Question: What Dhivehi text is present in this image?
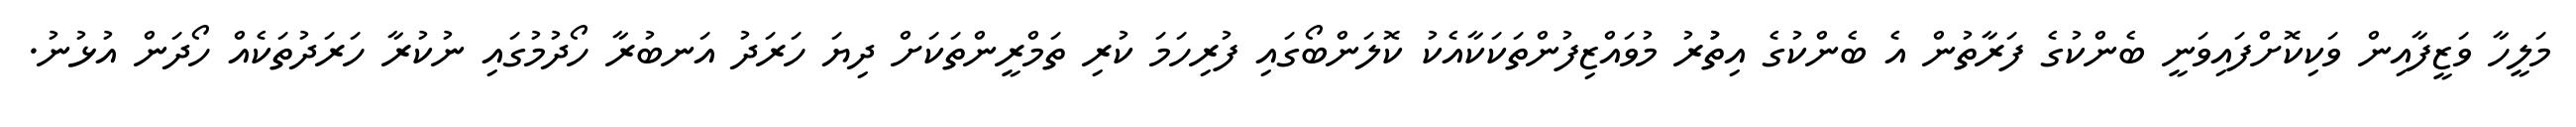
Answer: މަލީހާ ވަޒީފާއިން ވަކިކޮށްފައިވަނީ ބެންކުގެ ފަރާތުން އެ ބެންކުގެ އިތުުރު މުވައްޒިފުންތަކަކާއެކު ކޮލަންބޯގައި ފުރިހަމަ ކުރި ތަމްރީންތަކަށް ދިޔަ ހަރަދު އަނބުރާ ހޯދުމުގައި ނުކުރާ ހަރަދުތަކެއް ހޯދަން އުޅުނު.